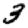
Digit: 3